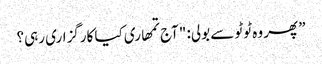
” پھر وہ ٹوٹو سے بولی: "آج تمھاری کیا کارگزاری رہی؟